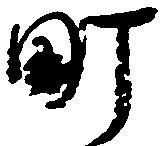
町